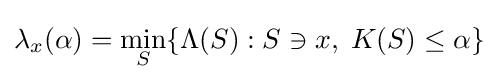
\lambda _{x}(\alpha )=\min _{S}\{\Lambda (S):S\ni x,\;K(S)\leq \alpha \}